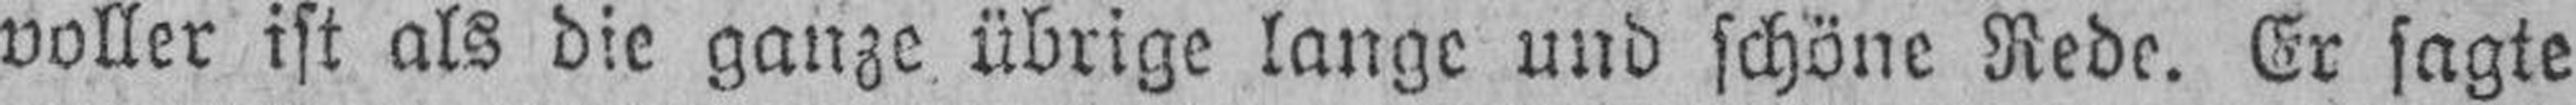
voller ist als die ganze übrige lange und schöne Rede. Er sagte